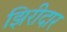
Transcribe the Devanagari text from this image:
झिरीदार